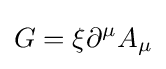
G=\xi \partial ^{\mu }A_{\mu }